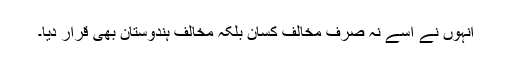
انہوں نے اسے نہ صرف مخالف کسان بلکہ مخالف ہندوستان بھی قرار دیا۔